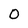
Character: 0